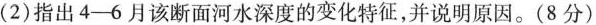
(2)指出4-6月该断面河水深度的变化特征，并说明原因。(8分)